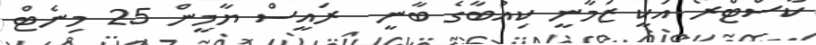
ކާސްޓްރޯ އަކީ ޒަމާނީ ކިއުބާގެ ބާނީ  ރައީސް ޔާމީން 25 މިނެޓް